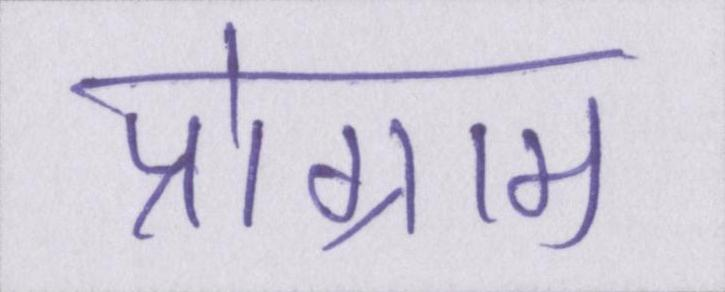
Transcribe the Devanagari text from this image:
प्रोग्राम